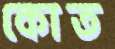
কোত